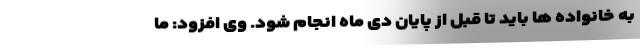
به خانواده ها باید تا قبل از پایان دی ماه انجام شود. وی افزود: ما